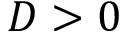
D > 0